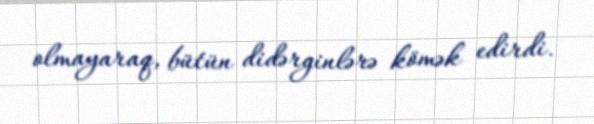
olmayaraq, bütün didərginlərə kömək edirdi.